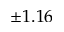
\pm 1 . 1 6